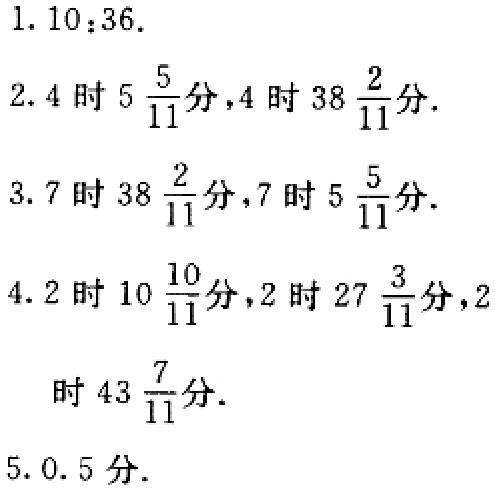
1. \(10:36\).

2. \(4\)时\(5\frac{5}{11}\)分，\(4\)时\(38\frac{2}{11}\)分.

3. \(7\)时\(38\frac{2}{11}\)分，\(7\)时\(5\frac{5}{11}\)分.

4. \(2\)时\(10\frac{10}{11}\)分，\(2\)时\(27\frac{3}{11}\)分，\(2\)时\(43\frac{7}{11}\)分.

5. \(0.5\)分.